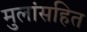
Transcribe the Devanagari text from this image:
मुलांसहित